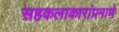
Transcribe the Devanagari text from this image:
सहकलाकारांप्रमाणे